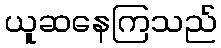
ယူဆနေကြသည်